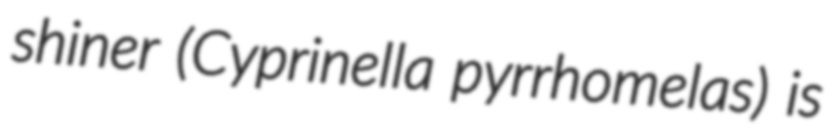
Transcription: shiner (Cyprinella pyrrhomelas) is